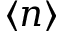
\langle n \rangle